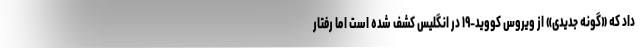
داد که «گونه جدیدی» از ویروس کووید-۱۹ در انگلیس کشف شده است اما رفتار